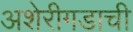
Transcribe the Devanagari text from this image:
अशेरीगडाची